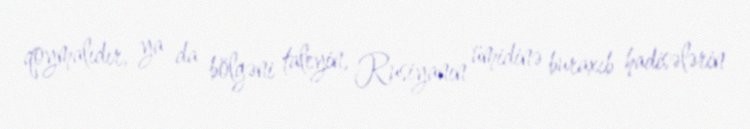
qoymalıdır, ya da bölgəni taleyin, Rusiyanın ümidinə buraxıb hadisələrin